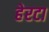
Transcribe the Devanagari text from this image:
हेरटा